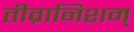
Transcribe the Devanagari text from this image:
तीव्रानिशम्‌